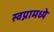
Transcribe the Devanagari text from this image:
स्वप्नामध्ये